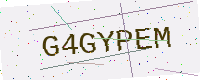
Text: G4GYPEM